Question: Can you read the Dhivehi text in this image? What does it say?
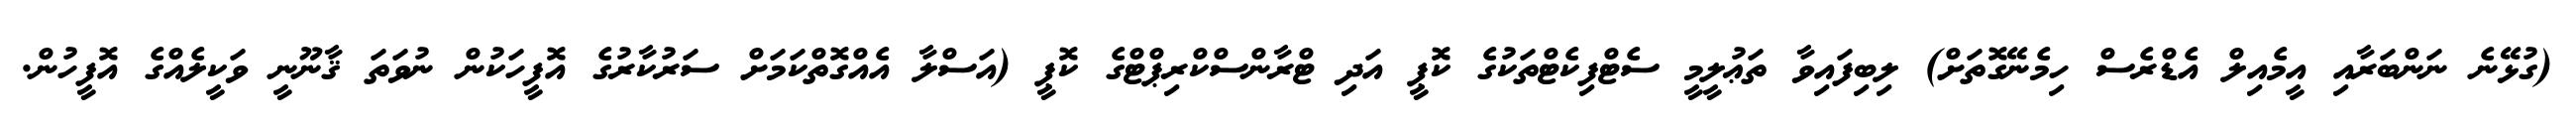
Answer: (ގުޅޭނެ ނަންބަރާއި އީމެއިލް އެޑްރެސް ހިމެނޭގޮތަށް) ލިބިފައިވާ ތަޢުލީމީ ސެޓްފިކެޓްތަކުގެ ކޮޕީ އަދި ޓްރާންސްކްރިޕްޓްގެ ކޮޕީ (އަސްލާ އެއްގޮތްކަމަށް ސަރުކާރުގެ އޮފީހަކުން ނުވަތަ ޤާނޫނީ ވަކީލެއްގެ އޮފީހުން.